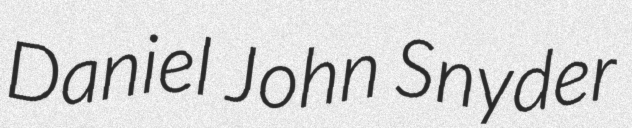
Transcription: Daniel John Snyder